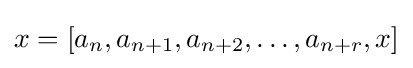
x=[a_{n},a_{n+1},a_{n+2},\ldots ,a_{n+r},x]